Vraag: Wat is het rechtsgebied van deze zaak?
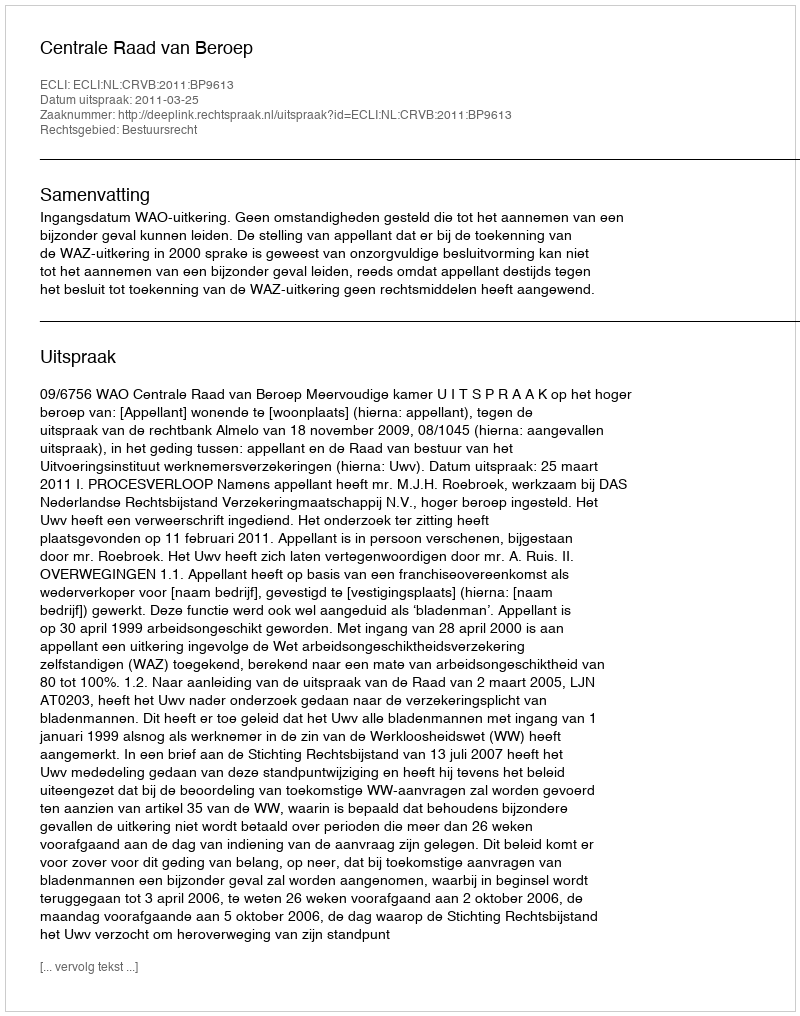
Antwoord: Bestuursrecht